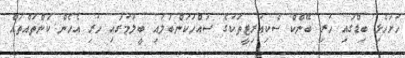
ހުށަހެޅި ބިޑްގައި ހުރި ބޭންކް ސެކިއުރިޓީތަކުގެ ސައްހަކަންބަލައި ބީލަމުގައި ހުރި އެހެން ކަންތައްތައް